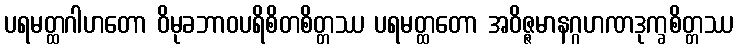
ပရမတ္ထဂါဟတော ဝိမုခဘာဝပရိစိတစိတ္တဿ ပရမတ္ထတော အဝိဇ္ဇမာနဂ္ဂဟဏဒုက္ခစိတ္တဿ